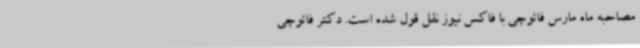
مصاحبه ماه مارس فائوچی با فاکس نیوز نقل ‌قول شده است. دکتر فائوچی